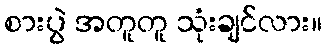
စားပွဲ အတူတူ သုံးချင်လား။